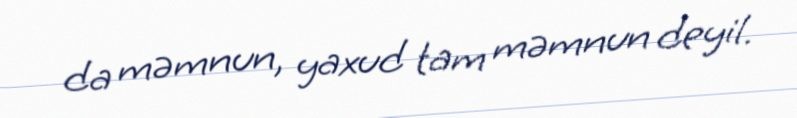
da məmnun, yaxud tam məmnun deyil.